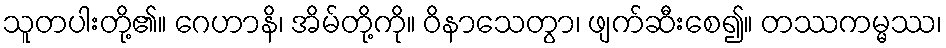
သူတပါးတို့၏။ ဂေဟာနိ၊ အိမ်တို့ကို။ ဝိနာသေတွာ၊ ဖျက်ဆီးစေ၍။ တဿကမ္မဿ၊